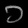
Digit: ၁